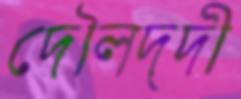
দৌলদ্দী